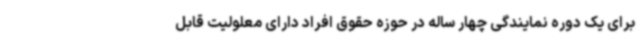
برای یک دوره نمایندگی چهار ساله در حوزه حقوق افراد دارای معلولیت قابل